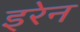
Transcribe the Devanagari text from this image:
इरेन